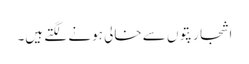
اشجار پتوں سے خالی ہونے لگتے ہیں۔